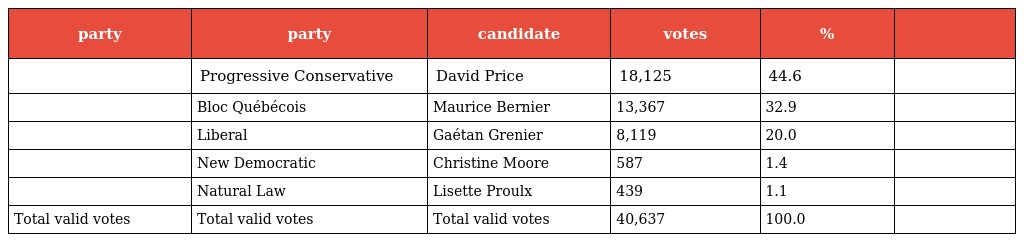
| party | party | candidate | votes | % |  |
 | --- | --- | --- | --- | --- | --- |
 |  | Progressive Conservative | David Price | 18,125 | 44.6 |  |
 |  | Bloc Québécois | Maurice Bernier | 13,367 | 32.9 |  |
 |  | Liberal | Gaétan Grenier | 8,119 | 20.0 |  |
 |  | New Democratic | Christine Moore | 587 | 1.4 |  |
 |  | Natural Law | Lisette Proulx | 439 | 1.1 |  |
 | Total valid votes | Total valid votes | Total valid votes | 40,637 | 100.0 |  |